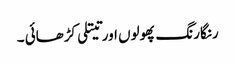
رنگارنگ پھولوں اور تیتلی کڑھائی ۔